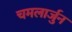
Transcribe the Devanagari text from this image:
चमलार्जुन